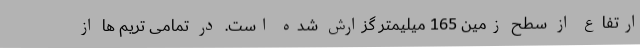
ارتفاع از سطح زمین 165 میلیمتر گزارش شده است. در تمامی تریم ها از